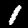
Label: 1